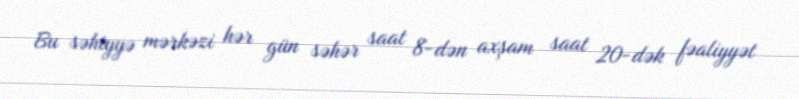
Bu səhiyyə mərkəzi hər gün səhər saat 8-dən axşam saat 20-dək fəaliyyət